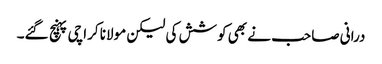
درانی صاحب نے بھی کوشش کی لیکن مولانا کراچی پہنچ گئے۔